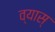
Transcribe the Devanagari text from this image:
व्यास्